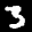
Label: 3